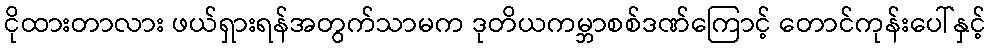
ငိုထားတာလား ဖယ်ရှားရန်အတွက်သာမက ဒုတိယကမ္ဘာစစ်ဒဏ်ကြောင့် တောင်ကုန်းပေါ်နှင့်